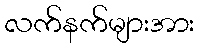
လက်နက်များအား